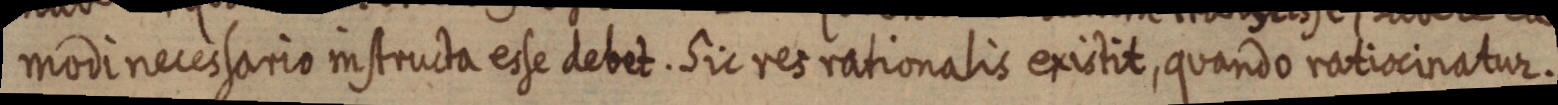
modi necessario instructa esse debet. Sic ret rationalis existit, quando ratiocinatur.